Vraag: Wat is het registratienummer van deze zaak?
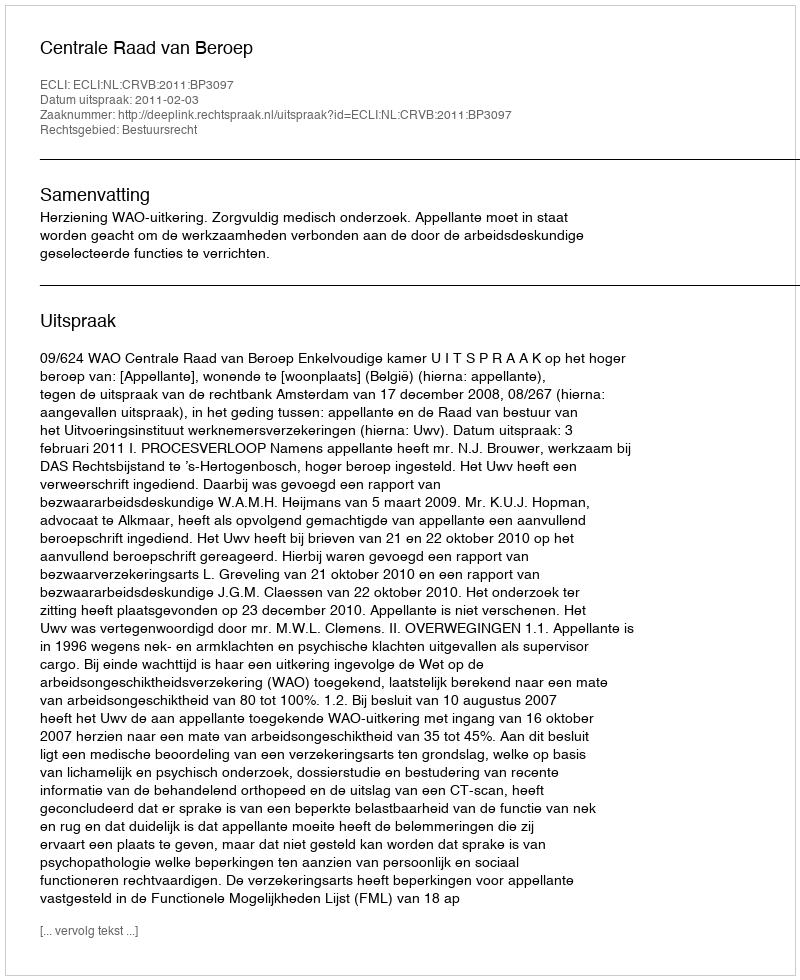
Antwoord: http://deeplink.rechtspraak.nl/uitspraak?id=ECLI:NL:CRVB:2011:BP3097